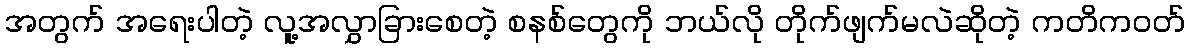
အတွက် အရေးပါတဲ့ လူ့အလွှာခြားစေတဲ့ စနစ်တွေကို ဘယ်လို တိုက်ဖျက်မလဲဆိုတဲ့ ကတိကဝတ်